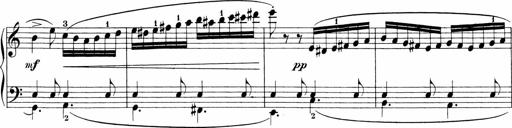
Title: Sonatinen Op.47, 98 und 136, nebst 6 Liedersonatinen
Composer: Carl Reinecke